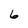
Character: 6